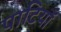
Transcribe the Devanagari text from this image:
पाटियाँ